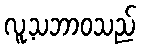
လူ့သဘာဝသည်